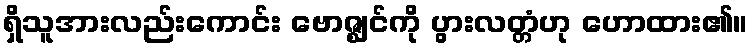
ရှိသူအားလည်းကောင်း ဗောဇ္ဈင်ကို ပွားလတ္တံဟု ဟောထား၏။